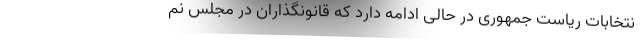
نتخابات ریاست جمهوری در حالی ادامه دارد که قانونگذاران در مجلس نم